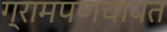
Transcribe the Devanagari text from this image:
ग्रामपणचायत